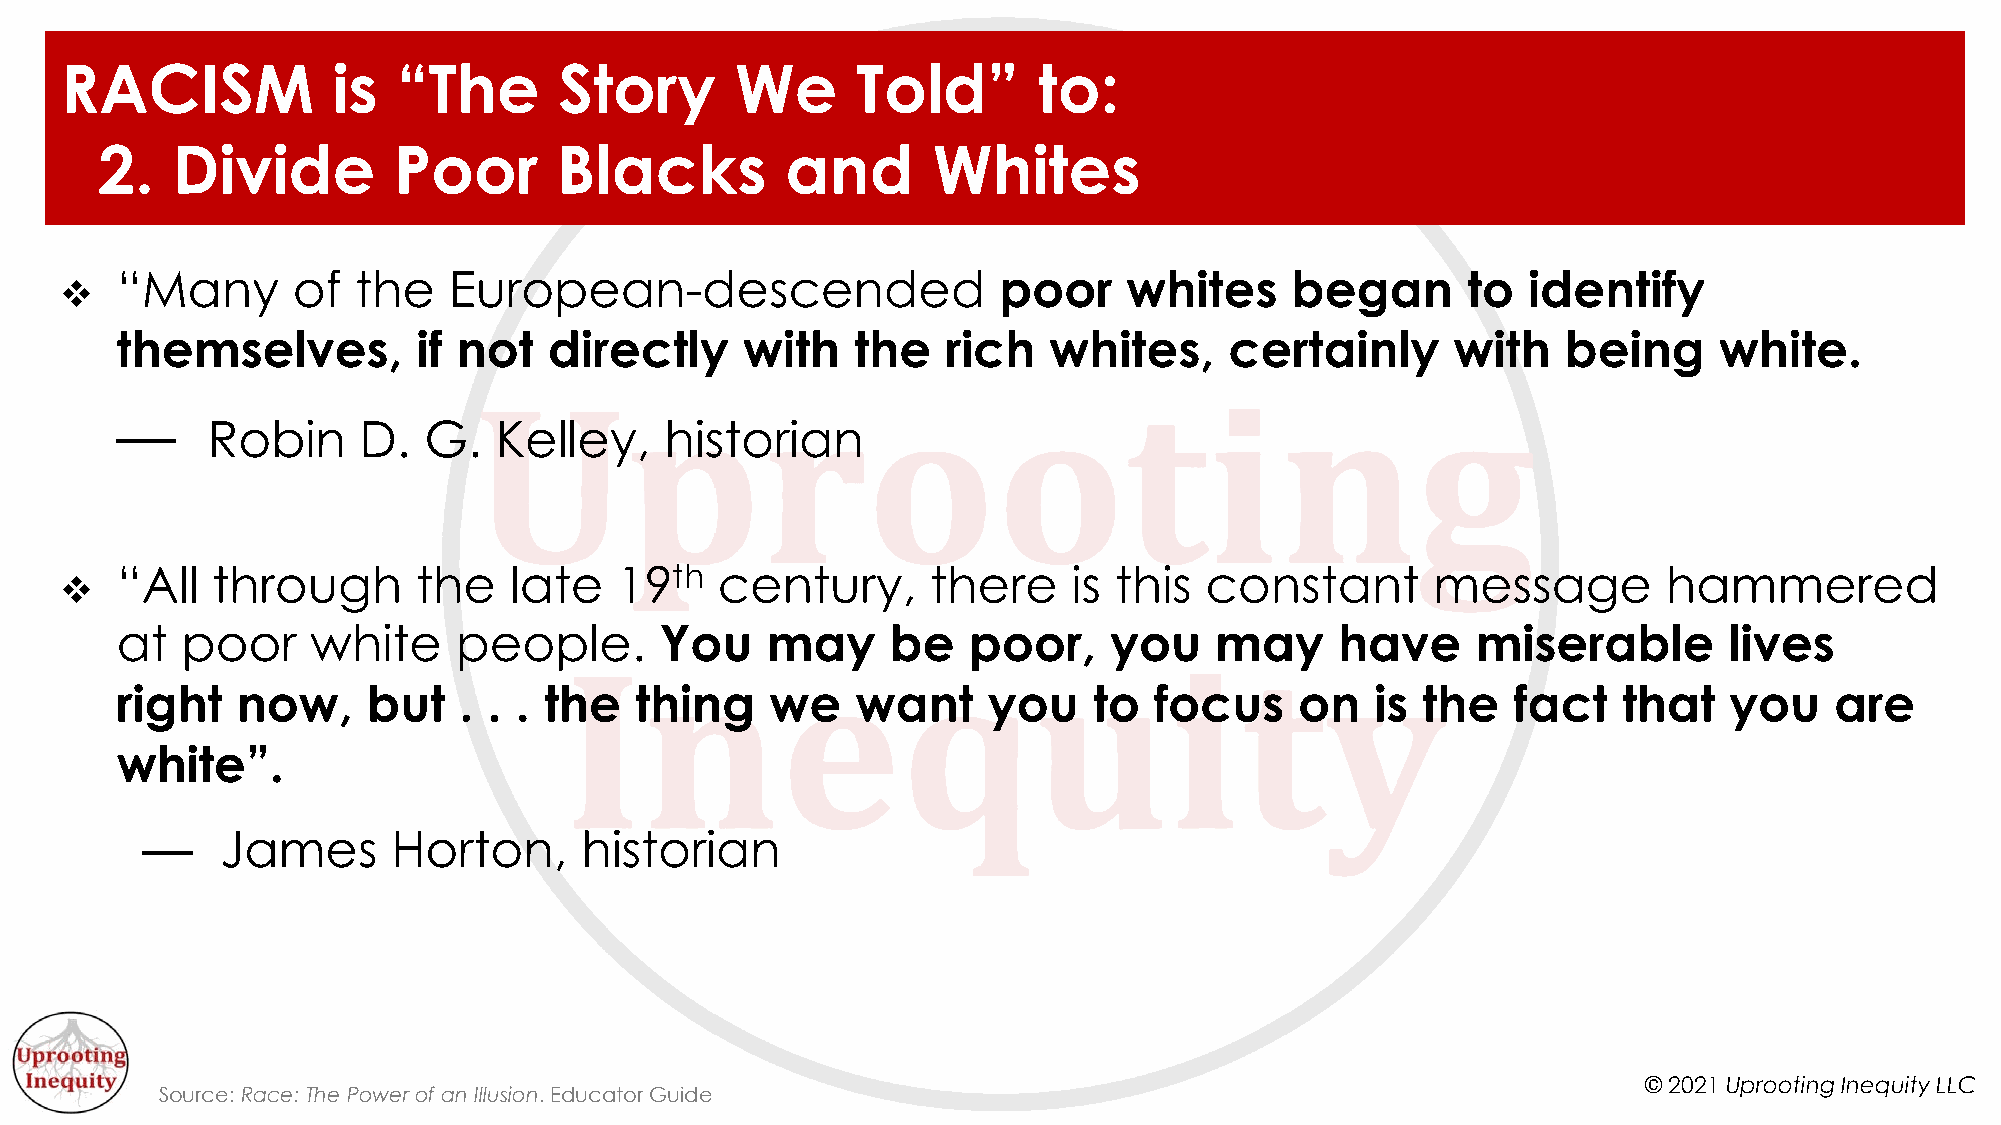
RACISM            is  “The       Story       We      Told”       to:
 2.   Divide         Poor       Blacks         and       Whites
 “Many      of  the    European-descended                  poor     whites    began       to  identify
 v
 themselves,         if not  directly     with    the   rich  whites,     certainly      with    being     white.
 —
 Robin     D.  G.   Kelley,    historian
 “All  through       the   late   19th  century,       there    is this  constant       message        hammered
 v
 at  poor     white    people.       You    may     be   poor,    you    may      have     miserable       lives
 right   now,    but   . . . the   thing    we    want    you    to  focus     on   is the   fact   that   you    are
 white”.
 —     James      Horton,     historian
 © 2021 Uprooting Inequity LLC
 Source: Race: The Power of an Illusion. Educator Guide